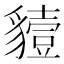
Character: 𧴒